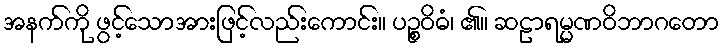
အနက်ကို ဖွင့်သောအားဖြင့်လည်းကောင်း။ ပဉ္စဝိဓံ၊ ၏။ ဆဠာရမ္မဏဝိဘာဂတော